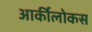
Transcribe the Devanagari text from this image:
आर्कीलोकस